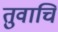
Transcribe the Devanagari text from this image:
तुवाचि